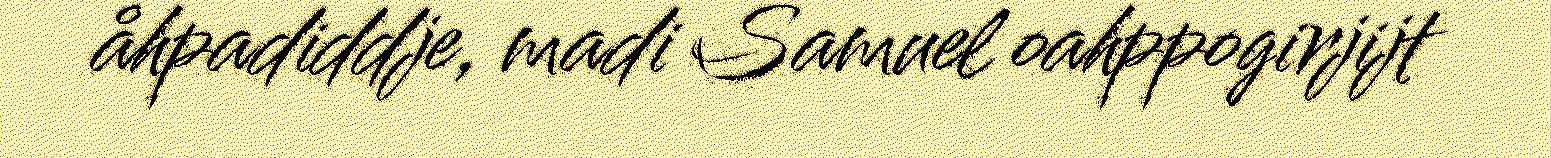
åhpadiddje, madi Samuel oahppogirjijt